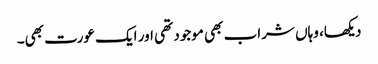
دیکھا، وہاں شراب بھی موجود تھی اور ایک عورت بھی۔